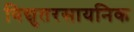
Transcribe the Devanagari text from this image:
विद्युतरसायनिक